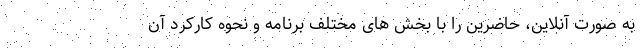
به صورت آنلاین، حاضرین را با بخش های مختلف برنامه و نحوه کارکرد آن